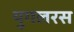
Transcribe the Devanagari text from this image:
युगलरस